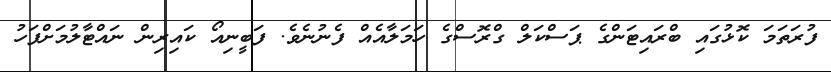
ފުރަތަމަ ކޮޅުގައި ބްރައިޓަންގެ ޕަސްކަލް ގްރޮސްގެ ހަމަލާއެއް ފެނުނެވެ. ފަބީނިއޯ ކައިރިން ނައްޓާލުމަށްފަހު